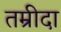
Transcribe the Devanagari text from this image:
तम्रीदा